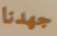
جهدنا